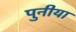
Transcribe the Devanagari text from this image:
पुनीया